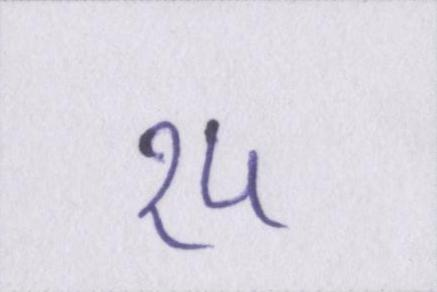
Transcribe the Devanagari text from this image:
१५